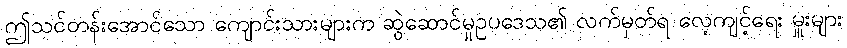
ဤသင်တန်းအောင်သော ကျောင်းသားများက ဆွဲဆောင်မှုဥပဒေသ၏ လက်မှတ်ရ လေ့ကျင့်ရေး မှူးများ